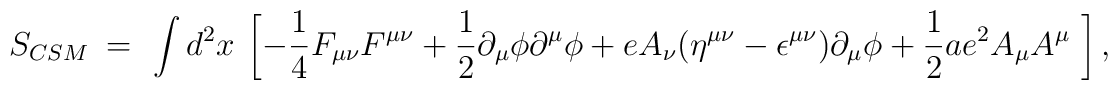
S_{CSM} ~=~ \int d^2x~\left[			  -\frac{1}{4}F_{\mu \nu}F^{\mu \nu}			  +\frac{1}{2}\partial_{\mu}\phi\partial^{\mu}\phi			  +eA_{\nu}(\eta^{\mu \nu}			  -\epsilon^{\mu \nu})\partial_{\mu}\phi              +\frac{1}{2}ae^{2}A_{\mu}A^{\mu}~\right],